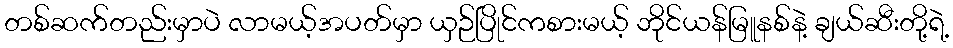
တစ်ဆက်တည်းမှာပဲ လာမယ့်အပတ်မှာ ယှဉ်ပြိုင်ကစားမယ့် ဘိုင်ယန်မြူနစ်နဲ့ ချယ်ဆီးတို့ရဲ့